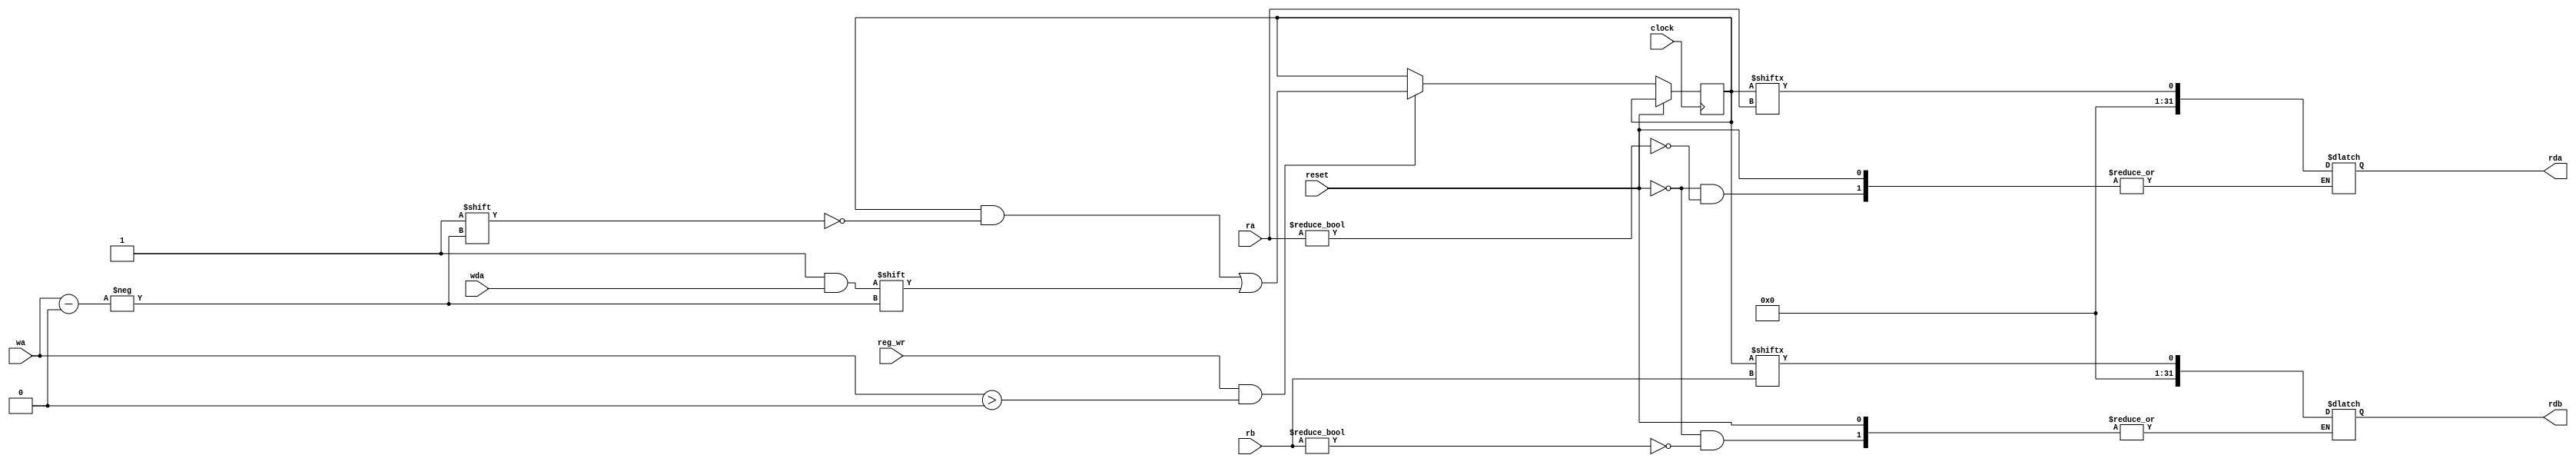
module reg_file (
    input wire reset,
    input wire clock,
    input wire [4:0] ra,
    input wire [4:0] rb,
    input wire [4:0] wa,
    input wire [31:0] wda,
    input wire reg_wr,
    output wire[31:0] rda,
    output wire[31:0] rdb
);

    reg [31:0] registers = 32'b0;

    always @* begin
        if(!reset) begin
            if (ra != 5'b0) begin
                rda <=registers[ra];
            end
            
            if (rb != 5'b0) begin
                rdb <=registers[rb];
            end
        end
    end

    always @(posedge clock) begin
        if(!reset) begin
            if(reg_wr && wa > 1'b0) begin
                registers[wa] <= wda;
            end
        end
    end
endmodule